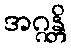
အဂ္ဂန္တိ